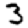
Digit: 3